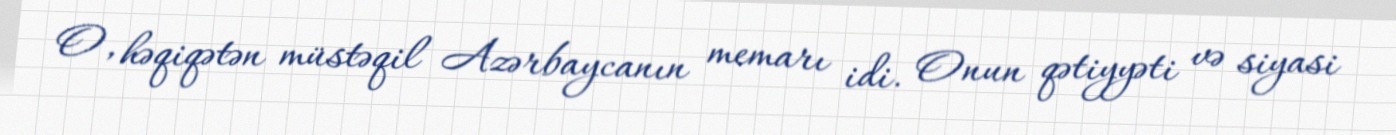
O, həqiqətən müstəqil Azərbaycanın memarı idi. Onun qətiyyəti və siyasi